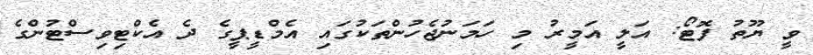
ވީ ޔޫތު ފޮޓޯ: އަލީ އަމީރު މި ހަމަނުޖެހުންތަކުގައި އެމްޑީޕީގެ ދެ އެކްޓިވިސްޓުންގެ